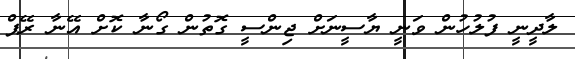
ލާދީނީ ފުލުހުން ވަނީ ޔާސީނަށް ޖިންސީ ގޮތުން ގޯނާ ކޮށް އޭނާ ރޭޕް